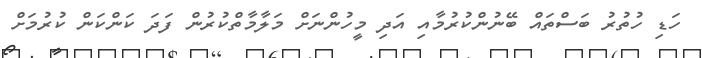
ހަޑި ހުތުރު ބަސްތައް ބޭނުންކުރުމާއި އަދި މީހުންނަށް މަލާމާތްކުރުން ފަދަ ކަންކަން ކުރުމަށް